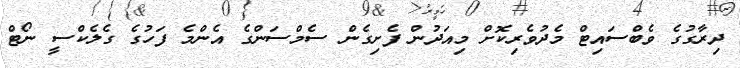
ދިރާގުގެ ވެބްސައިޓް މެދުވެރިކޮށް މިއަދުން ފެށިގެން ސެމްސަންގެ އެންމެ ފަހުގެ ގެލެކްސީ ނޯޓް